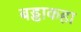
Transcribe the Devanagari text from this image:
बड्डाकहा